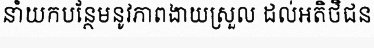
នាំយកបន្ថែមនូវភាពងាយស្រួល ដល់អតិថិជន